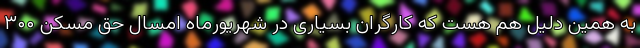
به همین دلیل هم هست که کارگران بسیاری در شهریورماه امسال حق مسکن ۳۰۰